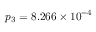
p _ { 3 } = 8 . 2 6 6 \times 1 0 ^ { - 4 }